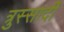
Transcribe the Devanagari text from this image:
त्रुस्सार्दी